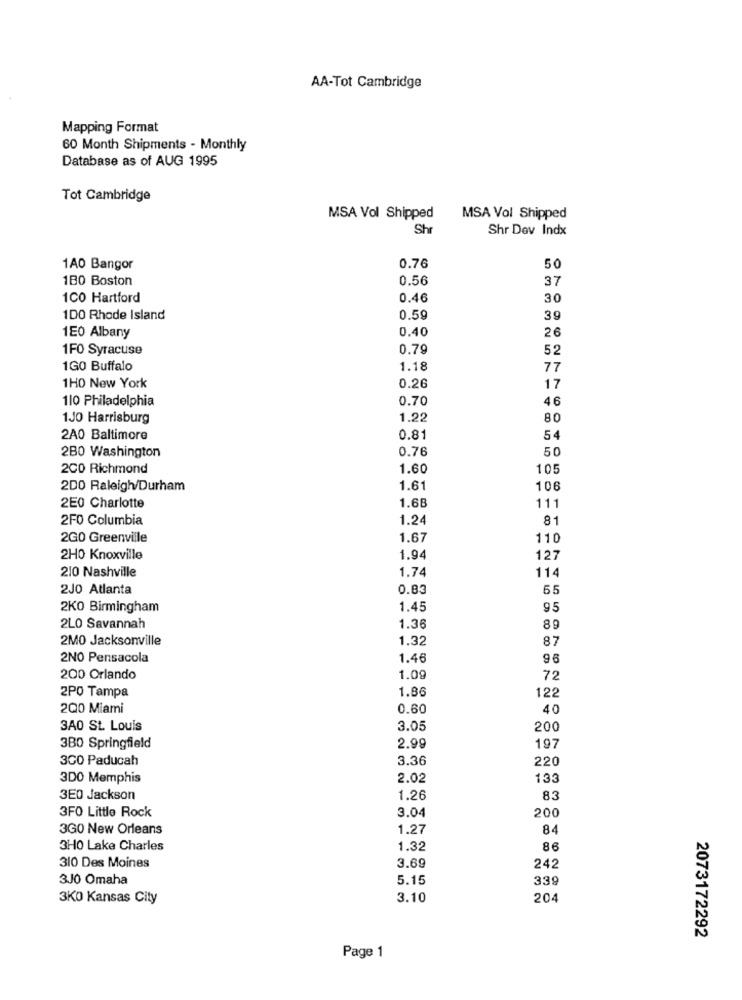
AA-Tot Cambridge
Mapping Format
60 Month Shipments - Monthly
Database as of AUG 1995
Tot Cambridge
MSA Vol Shipped
MSA Vol Shipped
Shr
Shr Dev Indx
1A0 Bangor
0.76
50
180 Boston
0.56
37
1CO Hartford
0.46
30
1DO Rhode Island
0.59
39
0.40
26
1EO Albany
1FO Syracuse
0.79
52
1GO Buffalo
1.18
77
1HO New York
0.26
17
110 Philadelphia
0.70
46
1JO Harrisburg
1.22
80
2A0 Baltimore
0.81
54
2B0 Washington
0.76
50
200 Richmond
1.60
105
200 Raleigh/Durham
1.61
106
2E0 Charlotte
1.68
111
2F0 Columbia
1.24
81
2GO Greenville
1.67
110
2H0 Knoxville
1.94
127
210 Nashville
1.74
114
2JO Atlanta
0.83
55
2KO Birmingham
1.45
95
2LO Savannah
1.36
89
2MO Jacksonville
1.32
87
2NO Pensacola
1.46
96
200 Orlando
1.09
72
1.86
2PO Tampa
122
200 Miami
0.60
40
3A0 St. Louis
3.05
200
3B0 Springfield
2.99
197
300 Paducah
3.36
220
3DO Memphis
2.02
133
3E0 Jackson
1.26
83
3FO Little Rock
3.04
200
3G0 New Orleans
1.27
84
3H0 Lake Charles
1.32
86
310 Des Moines
3.69
242
3J0 Omaha
5.15
339
3KO Kansas City
3.10
204
2073172292
Page 1